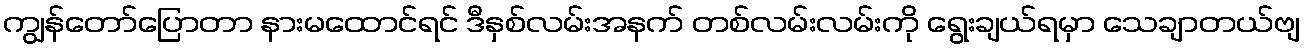
ကျွန်တော်ပြောတာ နားမထောင်ရင် ဒီနှစ်လမ်းအနက် တစ်လမ်းလမ်းကို ရွေးချယ်ရမှာ သေချာတယ်ဗျ